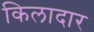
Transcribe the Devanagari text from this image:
किलादार